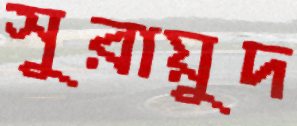
সুরায়ুদ